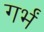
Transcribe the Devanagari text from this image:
गर्भं